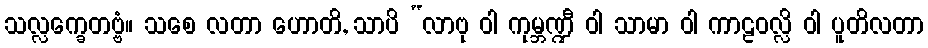
သလ္လက္ခေတဗ္ဗံ။ သစေ လတာ ဟောတိ, သာပိ “လာဗု ဝါ ကုမ္ဘဏ္ဍီ ဝါ သာမာ ဝါ ကာဠဝလ္လိ ဝါ ပူတိလတာ